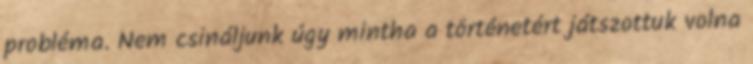
probléma. Nem csináljunk úgy mintha a történetért játszottuk volna